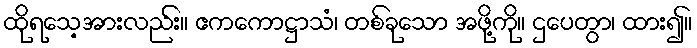
ထိုရသေ့အားလည်း။ ဧကကောဋ္ဌာသံ၊ တစ်ခုသော အဖို့ကို။ ဌပေတွာ၊ ထား၍။